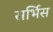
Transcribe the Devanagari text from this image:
सर्भिस